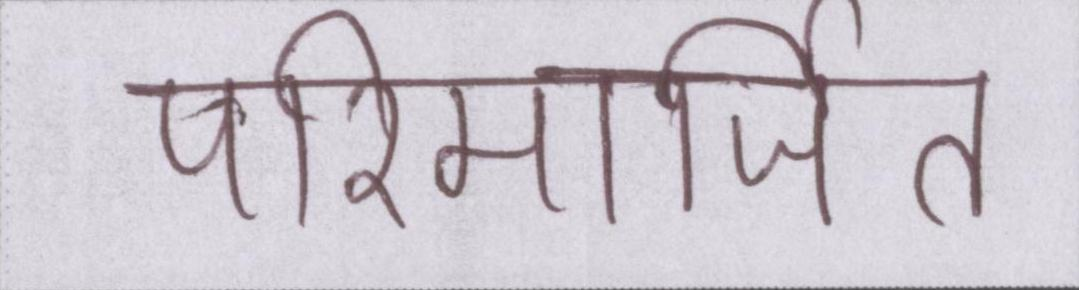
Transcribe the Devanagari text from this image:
परिमार्जित